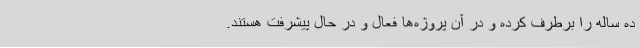
ده ساله را برطرف کرده و در آن پروژه‌ها فعال و در حال پیشرفت هستند.